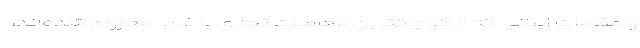
و مقامات ایرانی که از کوچکترین معاملات تجاری با غرب محروم شده‌اند،